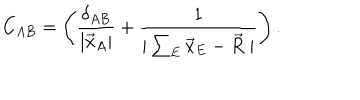
C _ { A B } = \left( \frac { \delta _ { A B } } { | \vec { x } _ { A } | } + \frac { 1 } { | \sum _ { E } \vec { x } _ { E } - \vec { R } \; | } \right) .